Papers set at the Examination for Leaving Certificates, 1894
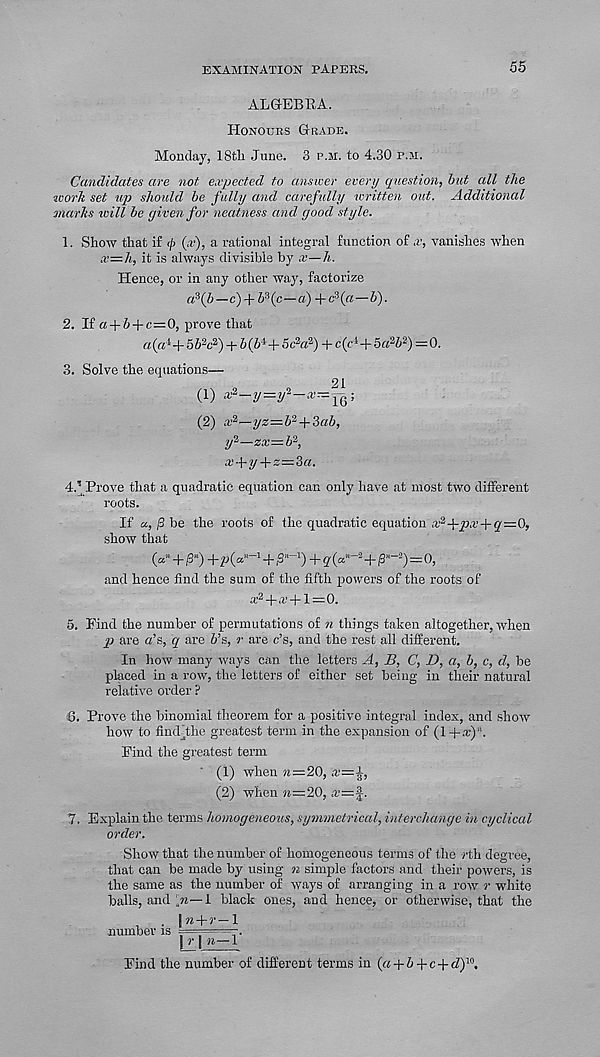
EXAMINATION PAPERS.
55
ALGEBRA.
Honours Grade.
Monday, 18tli June. 3 p.m. to 4.30 r.ai.
Candidates are not expected to answer every question, but all the
work set up should be fully and carefully written out. Additional
marks ivill be given for neatness and good style.
1. Show that if </) (x), a rational integral function of x, vanishes when
ce=h, it is always divisible by x—Ji.
Hence, or in any other way, factorize
a 3 (Z>—c)-f 5 3 (c—a) +c 3 («—b).
2. If « + 5 + c=0, prove that
a(cA+ 56 2 c 2 ) + b(b i +5c i a 2 ) + c(c t +5« 2 6 2 )=0.
3. Solve the equations—
(1) x 2 -y=if--x=y G ;
(2) x 2 —yz=b 2 + 3ab,
y 2 —zx—b 2 ,
a-'-f y + z=3«.
4.
’Prove that a quadratic equation can only have at most t
roots.
If «,/3 be the roots of the quadratic equation
+
show that
(«»+/3“)
+
+g(a“- 3 +/3"- 2 )=0,
and hence find the sum of the fifth powers of the roots of
x 2 +a’ + l=0.
5. Find the number of permutations of n things taken altogether, when
p are a’s, q are 6’s, r are c’s, and the rest all different.
In how many ways can the letters A, B, C, D, a, b, c, d, be
placed in a row, the letters of either set being in their natural
relative order ?
6. Prove the binomial theorem for a positive integral index, and show
how to fimVthe greatest term in the expansion of (l+x) n .
Find the greatest term
(1) when n—20, x—^,
(2) when n=20, a’=f.
7. Explain the terms homogeneous, symmetrical, interchange in cyclical
order.
Show that the number of homogeneous terms of the rth degree,
that can be made by using n simple factors and their powers, is
the same as the number of ways of arranging in a row r white
balls, and ;,m—1 black ones, and hence, or otherwise, that the
. |ra+r—1
number is ===——.
| r |n—1
Find the number of different terms in (a + 6+e + <7) 10 .